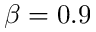
\beta = 0 . 9